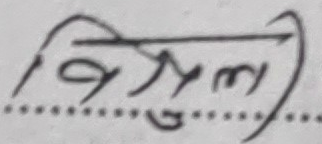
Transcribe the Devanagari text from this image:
बिजुली